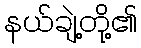
နယ်ချဲ့တို့၏